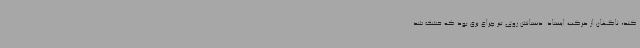
کند، ناگهان از حرکت ایستاد. دستانش روی تیر چراغ برق بود که خشک شد.